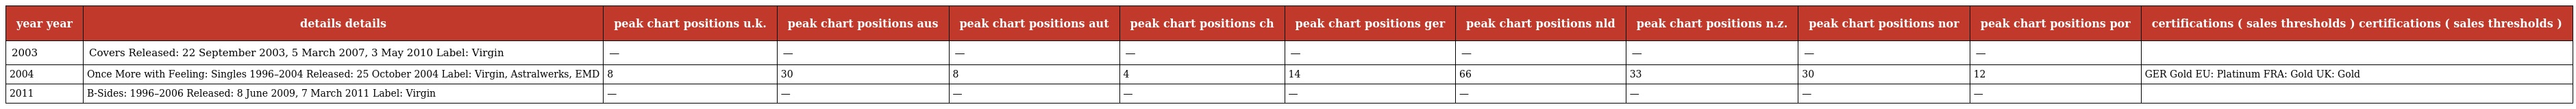
| year year | details details | peak chart positions u.k. | peak chart positions aus | peak chart positions aut | peak chart positions ch | peak chart positions ger | peak chart positions nld | peak chart positions n.z. | peak chart positions nor | peak chart positions por | certifications ( sales thresholds ) certifications ( sales thresholds ) |
 | --- | --- | --- | --- | --- | --- | --- | --- | --- | --- | --- | --- |
 | 2003 | Covers Released: 22 September 2003, 5 March 2007, 3 May 2010 Label: Virgin | — | — | — | — | — | — | — | — | — |  |
 | 2004 | Once More with Feeling: Singles 1996–2004 Released: 25 October 2004 Label: Virgin, Astralwerks, EMD | 8 | 30 | 8 | 4 | 14 | 66 | 33 | 30 | 12 | GER Gold EU: Platinum FRA: Gold UK: Gold |
 | 2011 | B-Sides: 1996–2006 Released: 8 June 2009, 7 March 2011 Label: Virgin | — | — | — | — | — | — | — | — | — |  |